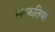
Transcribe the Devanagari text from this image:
संस्कतियों